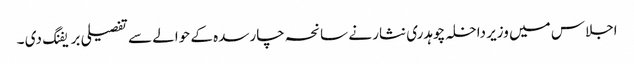
اجلاس میں وزیر داخلہ چوہدری نثار نے سانحہ چارسدہ کے حوالے سے تفصیلی بریفنگ دی ۔